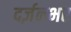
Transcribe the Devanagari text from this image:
दर्ज़नभर